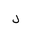
Letter: _lam